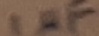
Text: 1µF